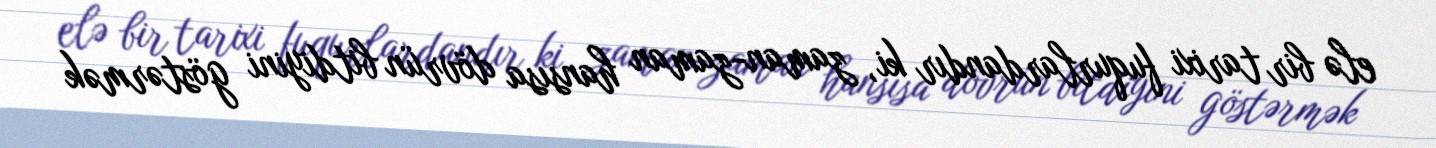
elə bir tarixi fuqurlardandır ki, zaman-zaman hansısa dövrün bitdiyini göstərmək